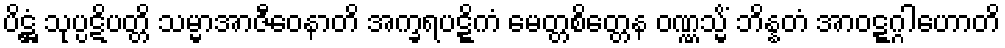
ပိဋ္ဌံ သုပ္ပဋိပတ္တိ သမ္မာအာဇီဝေနာတိ အက္ခရပဋ္ဋိကံ မေတ္တစိတ္တေန ဝဏ္ဏသ္မိံ ဘိန္နတံ အာဝဋ္ဋဂ္ဂါဟောတိ